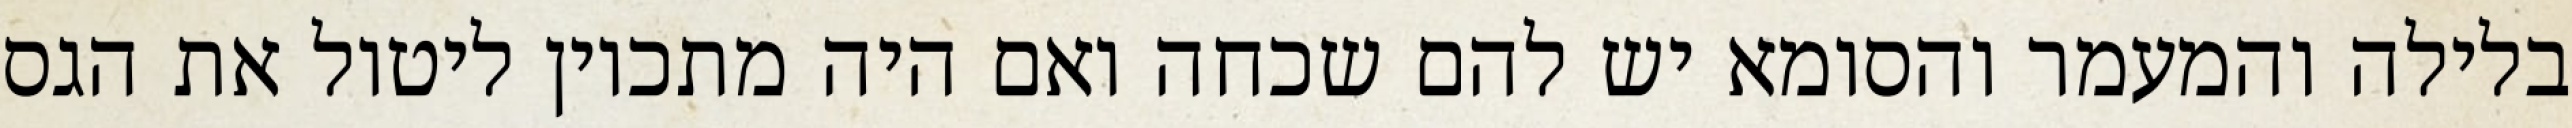
בלילה והמעמר והסומא יש להם שכחה ואם היה מתכוין ליטול את הגס